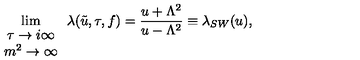
\lim _ { \begin{array} { c } { \tau \rightarrow i \infty } \\ { m ^ { 2 } \rightarrow \infty } \\ \end{array} } \lambda ( \tilde { u } , \tau , f ) = \frac { u + \Lambda ^ { 2 } } { u - \Lambda ^ { 2 } } \equiv \lambda _ { S W } ( u ) ,